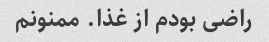
راضی بودم از غذا. ممنونم